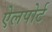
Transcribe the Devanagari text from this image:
ऐलपोर्ट